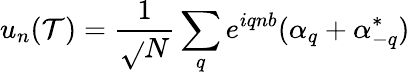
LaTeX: u_{n}(\mathcal{T})=\frac{{1}}{{\sqrt{}{{N}}}}\sum_{q}e^{iqnb}(\alpha_{q}+\alpha_{-q}^{*})